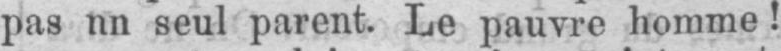
pas un seul parent. Le pauvre homme!